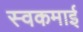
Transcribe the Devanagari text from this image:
स्वकमाई